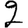
Digit: 2